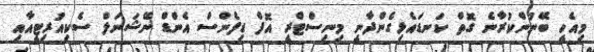
މިއެހީ ބޭނުންކުރާނެ ގޮތް ކަނޑައެޅިގެންދާނީ މިނިސްޓްރީ އޮފް ޑިފެންސް އެންޑް ނޭޝަނަލް ސެކިއުރިޓީއާއި